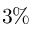
3 \%